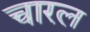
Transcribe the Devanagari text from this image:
चारल